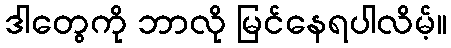
ဒါတွေကို ဘာလို မြင်နေရပါလိမ့်။